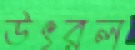
উৎরল